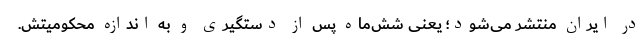
در ایران منتشر می‌شود؛ یعنی شش‌ماه پس از دستگیری و به اندازه محکومیتش.